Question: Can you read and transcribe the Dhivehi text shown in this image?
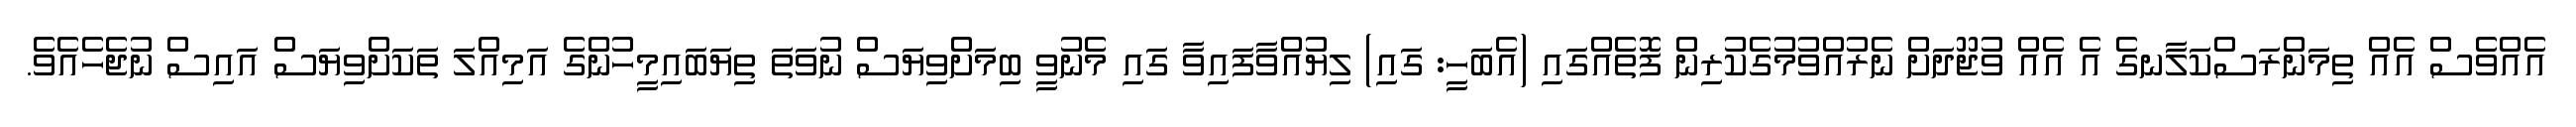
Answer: އެއްވެސް އެއް ތިމަންރަސްކަލާނގެ އެ އެއް ވުޖޫދަށް ނެރުއްވުމުގެކުރިން ފޮތެއްގައި (އެބަހީ: ގައި) ލިޔުއްވާފައިވާ ގައި މެނުވީ ބިމަށްވިޔަސް ނުވަތަ ތިޔަބައިމީހުންގެ އަމިއްލަ ތަކަށްވިޔަސް އައިސް ނުޖެހެއެވެ.